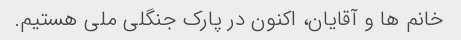
خانم ها و آقایان، اکنون در پارک جنگلی ملی هستیم.